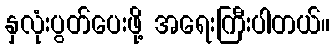
နှလုံးပွတ်ပေးဖို့ အရေးကြီးပါတယ်။